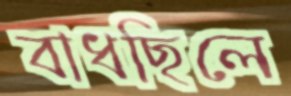
বাধছিলে